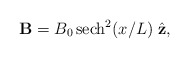
\begin{align*}{\bf B}=B_0\, {\rm sech}^2(x/L)\; {\hat{\bf z}},\end{align*}